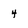
Character: 4